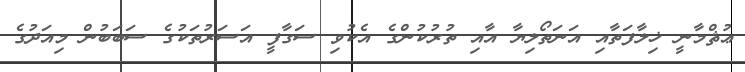
ޢުޘްމާނީ ޚިލާފަތާއި އަނަތޯލިޔާ އާއި ތުރުކުންގެ އެކުވި ސަގާފީ އަސަރުތަކުގެ ސަބަބުން މިއަދުގެ